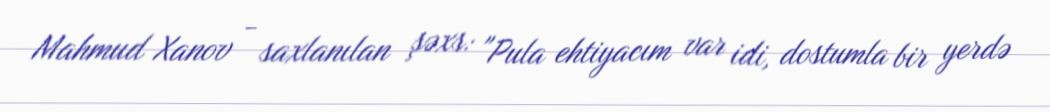
Mahmud Xanov - saxlanılan şəxs: "Pula ehtiyacım var idi, dostumla bir yerdə